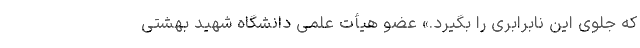
که جلوی این نابرابری را بگیرد.» عضو هیأت‌ علمی دانشگاه شهید بهشتی